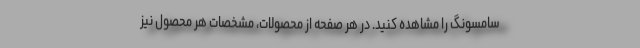
سامسونگ را مشاهده کنید. در هر صفحه از محصولات، مشخصات هر محصول نیز